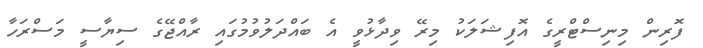
ފޮރިން މިނިސްޓްރީގެ އޮފިޝަލަކު މިރޭ ވިދާޅުވީ އެ ބައްދަލުވުމުގައި ރާއްޖޭގެ ސިޔާސީ މަސްރަހާ